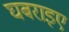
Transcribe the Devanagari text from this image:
घबराइए